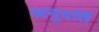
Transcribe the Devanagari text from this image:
अनुवर्ति